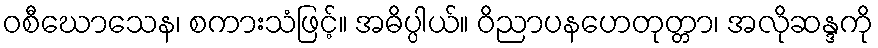
ဝစီဃောသေန၊ စကားသံဖြင့်။ အဓိပ္ပါယ်။ ဝိညာပနဟေတုတ္တာ၊ အလိုဆန္ဒကို